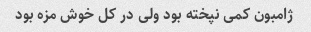
ژامبون کمی نپخته بود ولی در کل خوش مزه بود